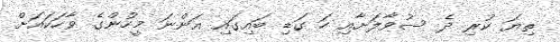
ތިޔަ ކުރި ދެ ސުވާލަށާއި ހަ ގަޑި ބައިގައި އަންނަ މީހުންގެ ވާހަކައަށް